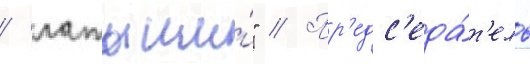
/ латыши́" // Пр'едс'еда́т'ель